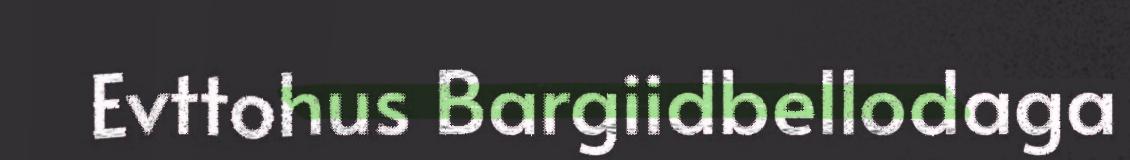
Evttohus Bargiidbellodaga